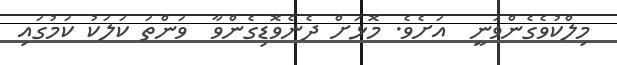
މިލްކުވެގެންވަނީ  އަށެވެ. މޮޅަށް ދެނެވޮޑިގެންވާ  ވަންތަ ކަލަކު ކަމުގައި